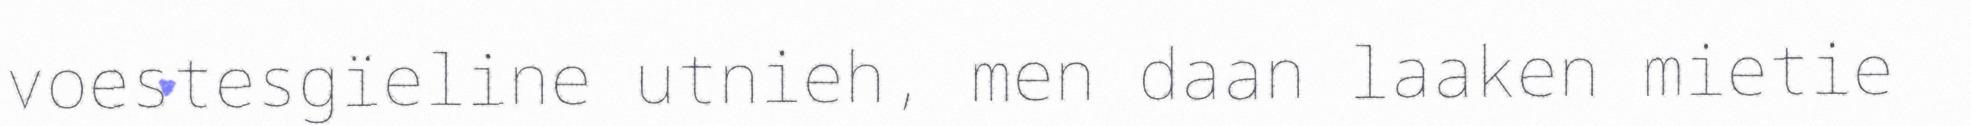
voestesgïeline utnieh, men daan laaken mietie